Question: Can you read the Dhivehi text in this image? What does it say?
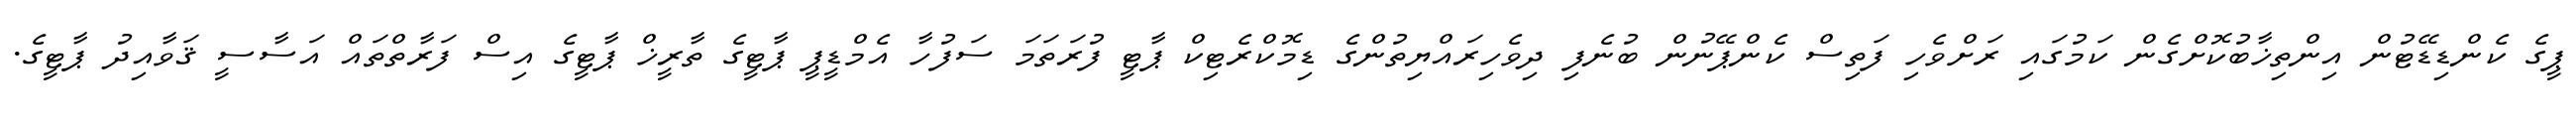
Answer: ޕީގެ ކެންޑިޑޭޓުން އިންތިޚާބުކޮށްގެން ކަމުގައި ރަށްވެހި ފަތިސް ކެންޕޭނުން ބުނެފި ދިވެހިރައްޔިތުންގެ ޑިމޮކްރެޓިކް ޕާޓީ ފުރަތަމަ ސަފުހާ އެމްޑީޕީ ޕާޓީގެ ތާރީޚް ޕާޓީގެ އިސް ފަރާތްތައް އަސާސީ ޤަވާއިދު ޕާޓީގެ.